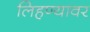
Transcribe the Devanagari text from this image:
लिहण्यावर